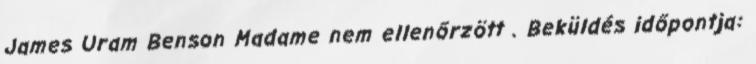
James Uram Benson Madame nem ellenőrzött . Beküldés időpontja: